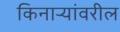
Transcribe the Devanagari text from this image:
किनार्‍यांवरील